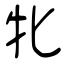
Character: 牝